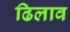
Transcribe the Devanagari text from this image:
ढिलाव